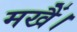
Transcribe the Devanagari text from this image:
मखैं।